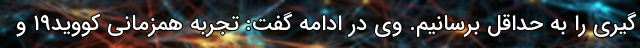
گیری را به حداقل برسانیم. وی در ادامه گفت: تجربه همزمانی کووید۱۹ و